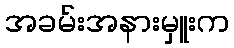
အခမ်းအနားမှူးက